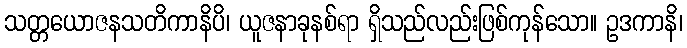
သတ္တယောဇနသတိကာနိပိ၊ ယူဇနာခုနစ်ရာ ရှိသည်လည်းဖြစ်ကုန်သော။ ဥဒကာနိ၊